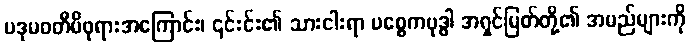
ပဒုမဝတီမိဖုရားအကြောင်း၊ ၎င်းင်း၏ သားငါးရာ ပစ္စေကဗုဒ္ဓါ အရှင်မြတ်တို့၏ အမည်များကို